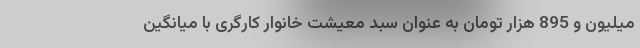
میلیون و 895 هزار تومان به عنوان سبد معیشت خانوار کارگری با میانگین